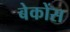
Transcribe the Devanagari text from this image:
बेकोंस